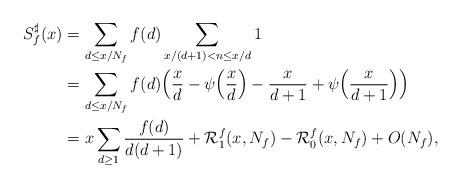
LaTeX: \begin{align*}\begin{aligned}S_f^{\sharp}(x)& = \sum_{d\le x/N_f} f(d) \sum_{x/(d+1)<n\le x/d} 1\\& = \sum_{d\le x/N_f} f(d) \Big(\frac{x}{d}-\psi\Big(\frac{x}{d}\Big)-\frac{x}{d+1}+\psi\Big(\frac{x}{d+1} \Big) \Big)\\& = x \sum_{d\ge 1} \frac{f(d)}{d(d+1)} + \mathcal{R}_1^{f}(x, N_f) - \mathcal{R}_0^{f}(x, N_f) + O(N_f),\end{aligned}\end{align*}